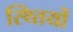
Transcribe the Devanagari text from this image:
स्थ्तियों